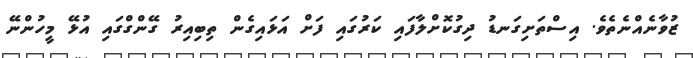
ޒުވާނެއްނެތެވެ. އިސްތަށިގަނޑު ދިގުކޮށްލާފައި ކަރުގައި ފަށް އަޅައިގެން ތިބިއިރު ގޭންގްގައި އުޅޭ މީހުންނޭ